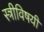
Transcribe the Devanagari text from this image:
स्त्रीविषयी